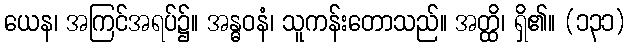
ယေန၊ အကြင်အရပ်၌။ အန္ဓဝနံ၊ သူကန်းတောသည်။ အတ္ထိ၊ ရှိ၏။ (၁၃၁)